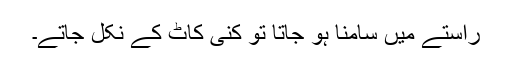
راستے میں سامنا ہو جاتا تو کنی کاٹ کے نکل جاتے۔